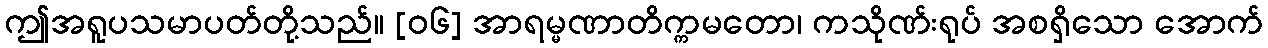
ဤအရူပသမာပတ်တို့သည်။ [၀၆] အာရမ္မဏာတိက္ကမတော၊ ကသိုဏ်းရုပ် အစရှိသော အောက်